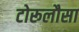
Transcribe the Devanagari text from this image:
टोरूलौसा